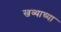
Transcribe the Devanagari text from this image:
खव्याच्या